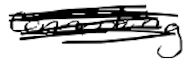
Text: connecting
Cross-out: scratch
Writing tool: digital_black